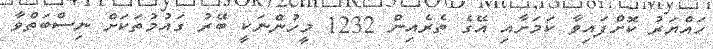
ހައްޔަރު ކޮށްފައިވާ ކަމަށާއި އޭގެ ތެރެއިން 1232 މީހުންނަކީ ބޭރު ގައުމުތަކަށް ނިސްބަތްވާ